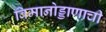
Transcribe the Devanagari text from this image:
विमानोड्डाणाची